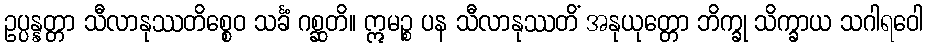
ဥပ္ပန္နတ္တာ သီလာနုဿတိစ္စေဝ သင်္ခံ ဂစ္ဆတိ။ ဣမဉ္စ ပန သီလာနုဿတိံ အနုယုတ္တော ဘိက္ခု သိက္ခာယ သဂါရဝေါ